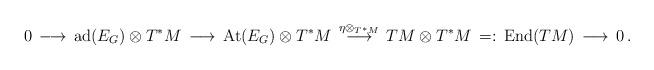
LaTeX: \begin{align*}0\,\longrightarrow\, {\rm ad}(E_G)\otimes T^*M\,\longrightarrow\,{\rm At}(E_G)\otimes T^*M\, \stackrel{\eta\otimes _{T^*M}}{\longrightarrow}\, TM\otimes T^*M\,=:\, {\rm End}(TM)\,\longrightarrow\, 0\, .\end{align*}